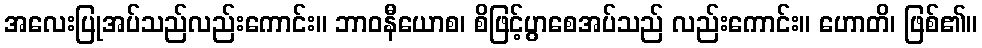
အလေးပြုအပ်သည်လည်းကောင်း။ ဘာဝနီယောစ၊ စိဖြင့်ပွာစေအပ်သည် လည်းကောင်း။ ဟောတိ၊ ဖြစ်၏။